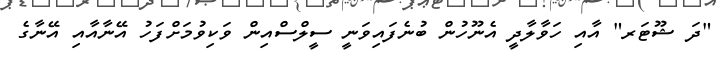
"ދަ ޝޫޓަރ" އާއި ހަވާލާދީ އެނޫހުން ބުނެފައިވަނީ ސީލްސްއިން ވަކިވުމަށްފަހު އޭނާއާއި އޭނާގެ